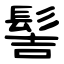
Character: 髻